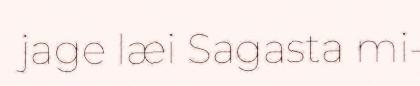
jage læi Sagasta mi-